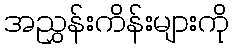
အညွှန်းကိန်းများကို